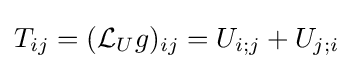
T_{ij}=({\mathcal {L}}_{U}g)_{ij}=U_{i;j}+U_{j;i}